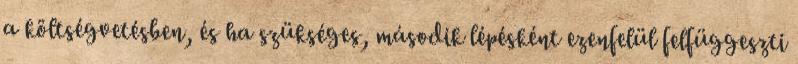
a költségvetésben, és ha szükséges, második lépésként ezenfelül felfüggeszti